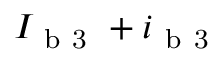
I _ { \mathrm { ~ b ~ 3 ~ } } + i _ { \mathrm { ~ b ~ 3 ~ } }